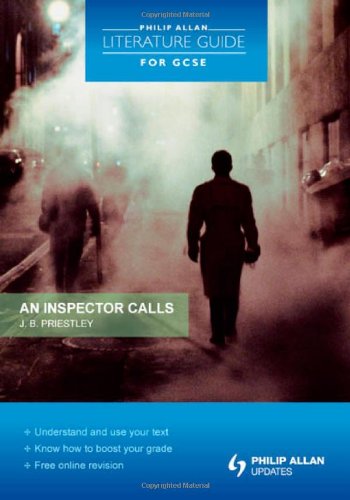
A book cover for An Inspector Calls (Philip Allan Literature Guide for Gcse); J. B. Priestley; Literature & Fiction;